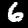
Label: 6